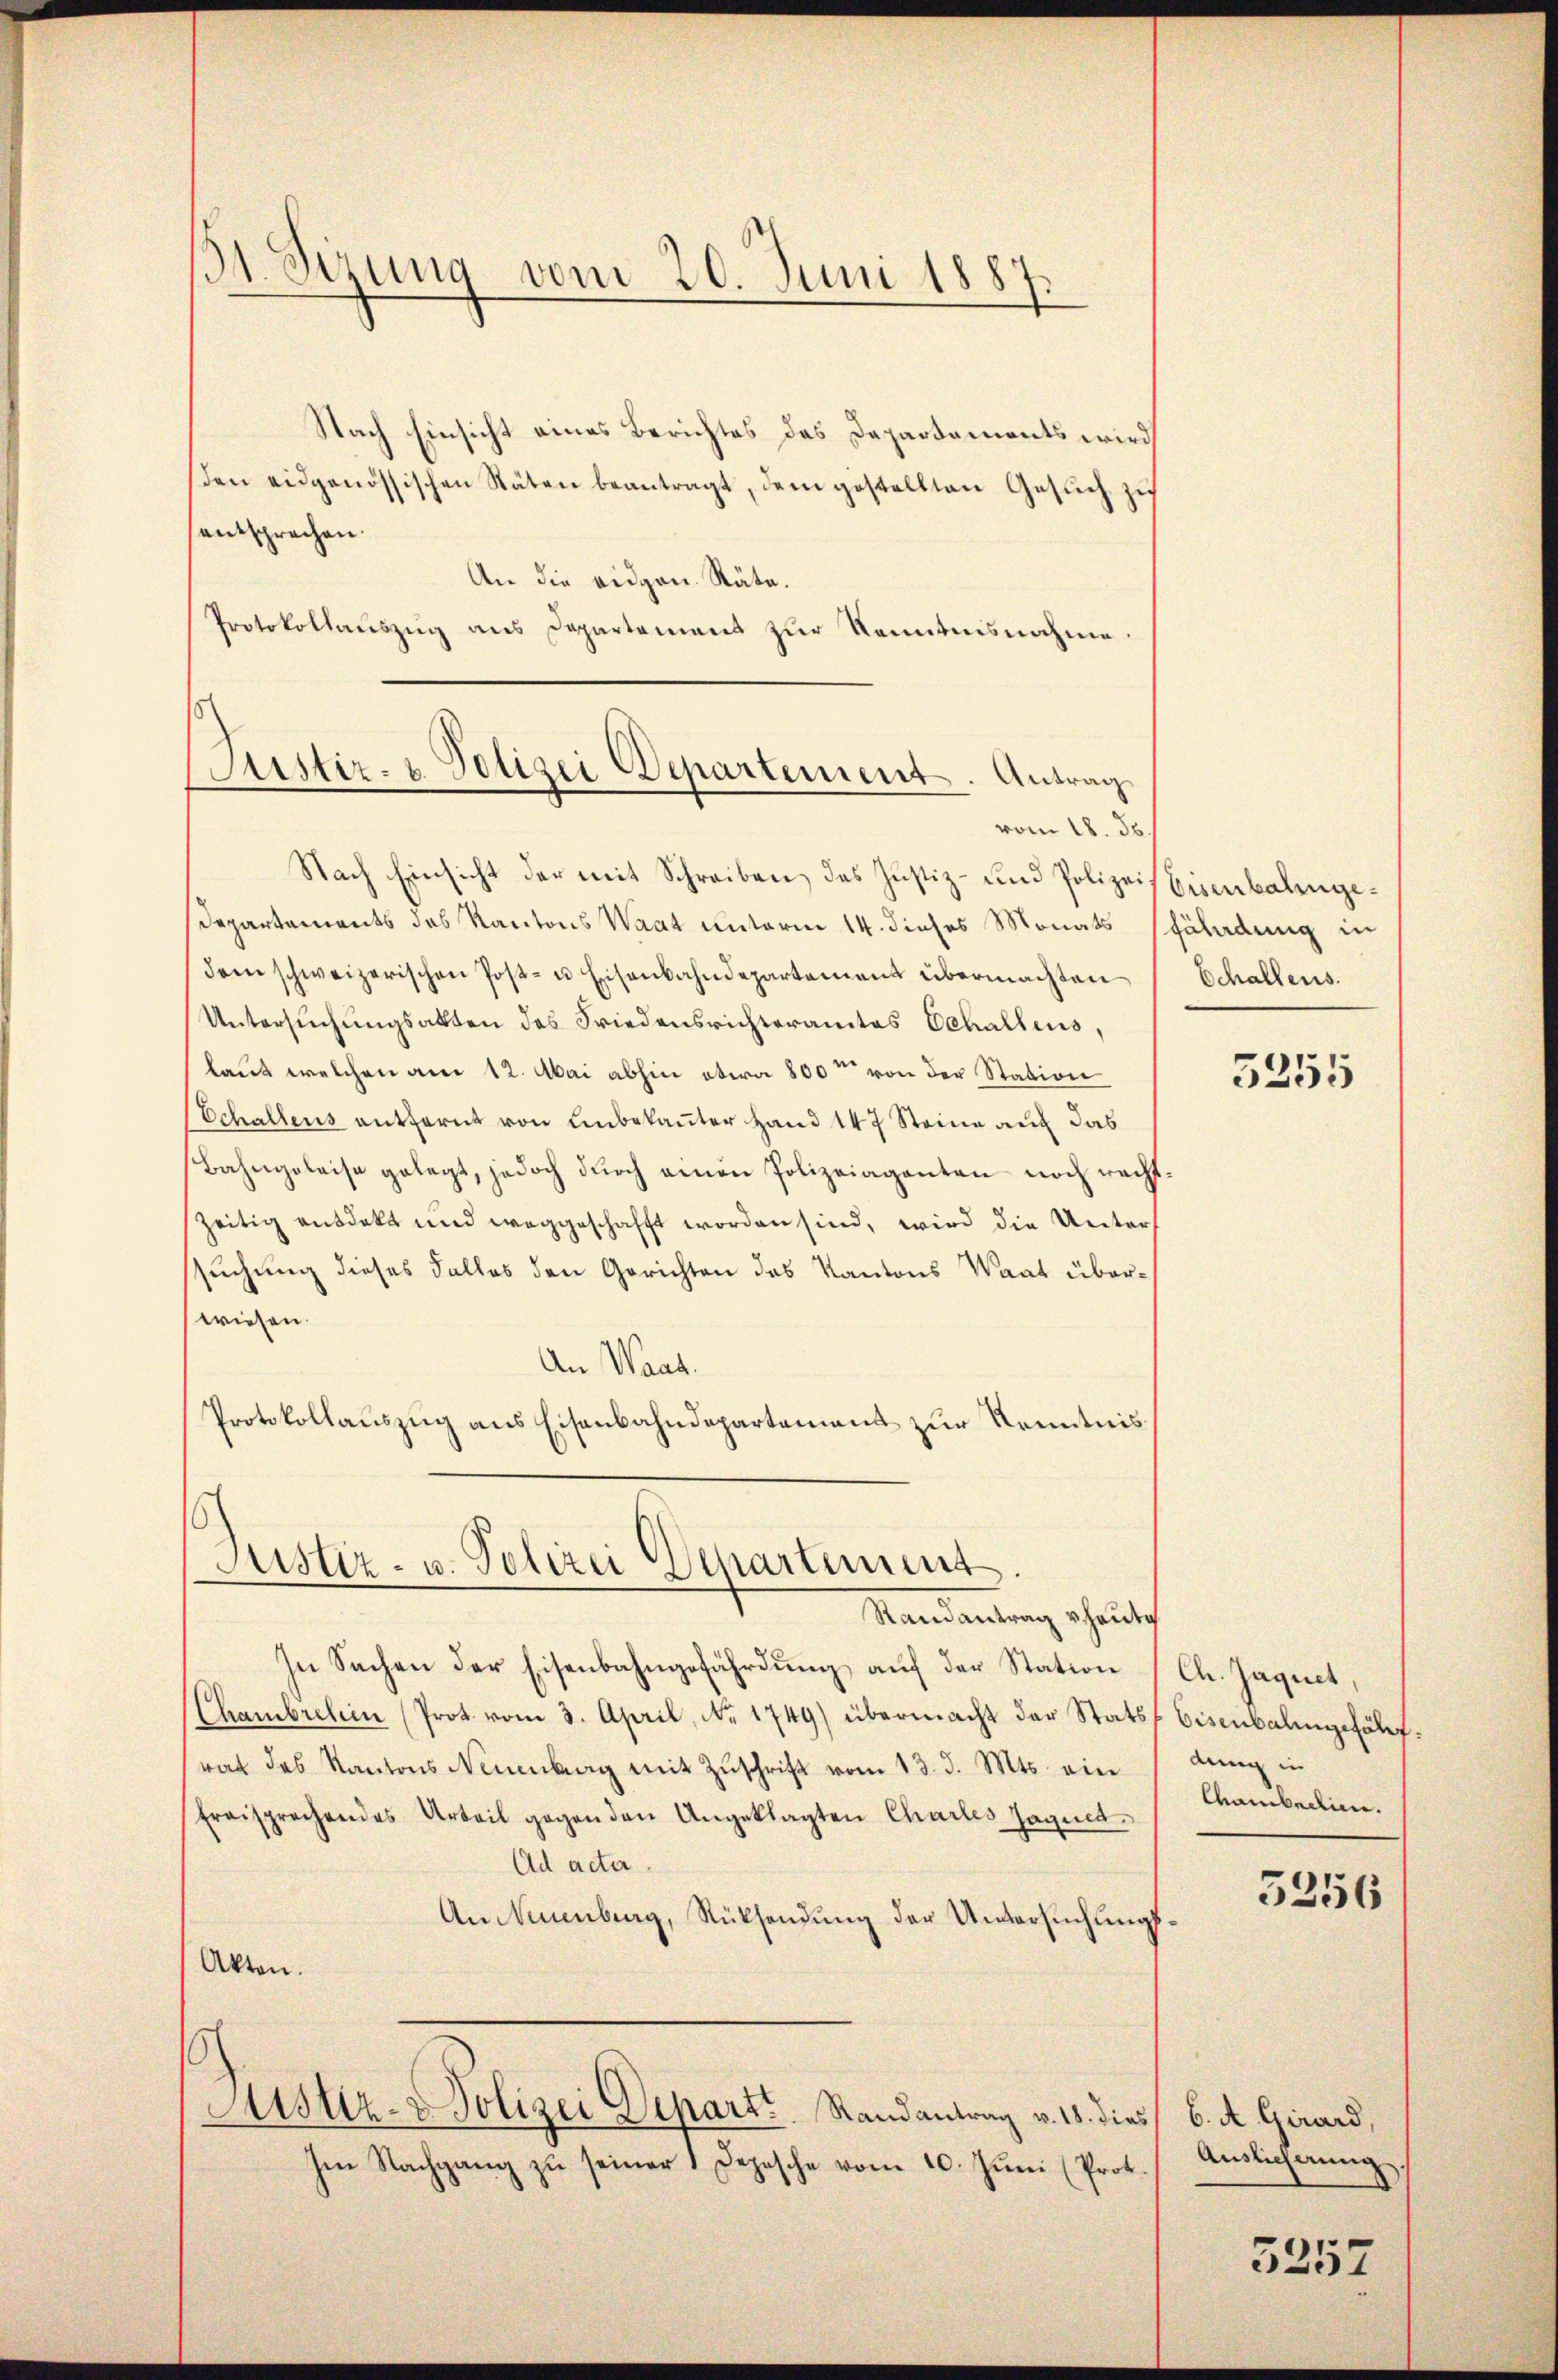
St. Sizung vom 20. Juni 1887.

Nach Einsicht eines Berichtes des Departements wird
den eidgenössischen Stäten beantragt, dem gestellten Gesuch zu
sentsprechen.
An die eidgen. Räte.
Protokollauszug aus Departement zur Kenntnisnahme.
Justiz- & Polizei Departement. Antrag

vom 18. ds.

Nach Einsicht der mit Schreiben das Justiz- und PolizeisEisenbahnge¬
Departements des Kantons Waat unterm 14. dieses Monats Pfäladung in
dem schweizerischen Post- u Eisenbahndepartement übermachten
Untersuchungsakten des Friedensrichteramtes Echallens,
laut welchen am 12. Mai abhin etwa 800 von der Station
Echallens entfernt von unbekaṅter Hand 147 Steine auf das
Bahngeleise gelegt, jedoch dŭrch einen Polizeiaganten noch recht
zeitig entdekt und weggeschafft worden sind, wird die Unters
suchung dieses Falles den Gerichten des Kantons Waat überwiesen.
An Waat.
Protokollauszug aus Eisenbahndepartement zur Kenntnis
Justiz- u. Polizei Departement.
Randantrag rheulich
In Sachen der Eisenbahngefährdung auf der Station
Chambrelin (Prot. vom 3. April, No. 1749) übermacht der Stats
rat des Kantons Neuenburg mit Zŭschrift vom 13. d. Mts. ein
Fraisprachendes Urteil gegen den Angeklagten Chartes Jaqued.
Ad acter.
An Neuenburg, Rücksendung der Untersuchungs¬
Akten.
Aster-Polizei Depart Randantrag v. 18. dies 6. A. Girard,
Im Nachgang zu seiner 1 Depesche vom 10. Juni (Prot.

Echallens.

5255

Ch. Jaquet,
bisenbalingefährt.
dung in
Chambedin

5256

Auslieferung

3257